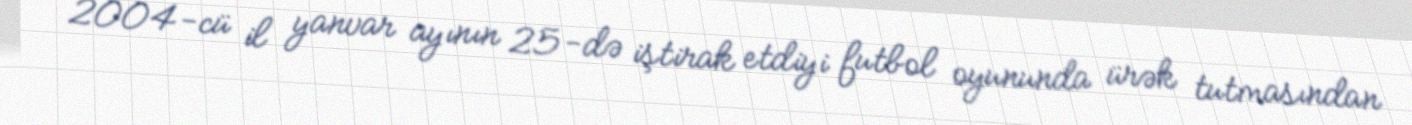
2004-cü il yanvar ayının 25-də iştirak etdiyi futbol oyununda ürək tutmasından